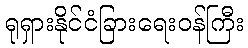
ရုရှားနိုင်ငံခြားရေးဝန်ကြီး